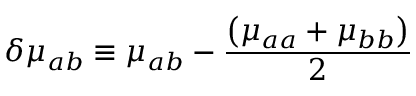
\delta \mu _ { a b } \equiv \mu _ { a b } - { \frac { \left( \mu _ { a a } + \mu _ { b b } \right) } { 2 } }